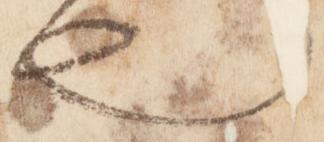
也